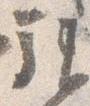
拝